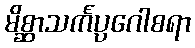
မိစ္ဆာသင်္ကပ္ပဂေါစရာ